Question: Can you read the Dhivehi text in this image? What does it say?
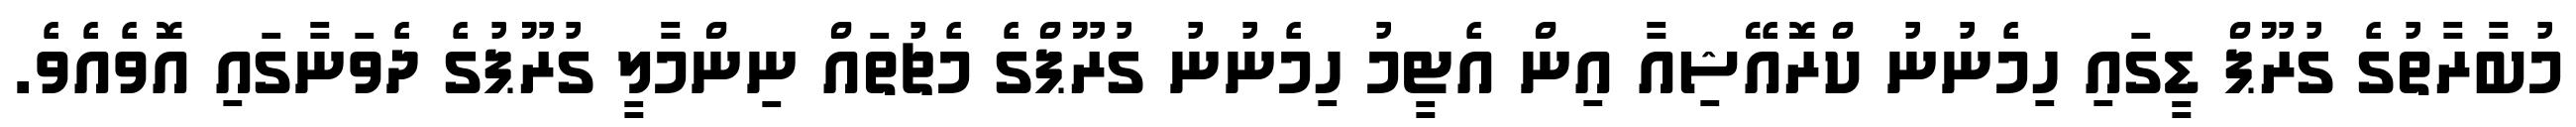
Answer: މުބާރާތުގެ ގުރޫޕް ޑީގައި ހިމެނުނު ކްރޮއޭޝިއާ އިން އެޓީމު ހިމެނުނު ގުރޫޕްގެ މެޗުތައް ނިންމާލީ ގުރޫޕުގެ ދެވަނާގައި އޮވެއެވެ.